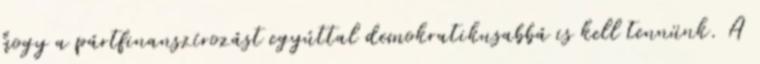
hogy a pártfinanszírozást egyúttal demokratikusabbá is kell tennünk. A